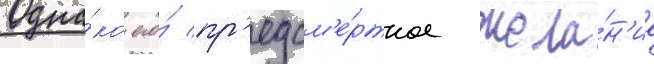
Одна́ко его́ пр'едсм'е́ртное жела́н'ие